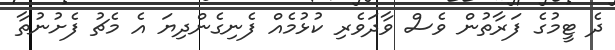
ދެ ޓީމުގެ ފަރާތުން ވެސް ވާދަވެރި ކުޅުމެއް ފެނިގެންދިޔަ އެ މެޗު ފެށުނުތާ